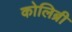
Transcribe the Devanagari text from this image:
कोलिब्री